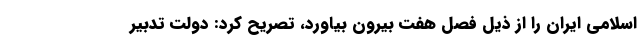
اسلامی ایران را از ذیل فصل هفت بیرون بیاورد، تصریح کرد: دولت تدبیر